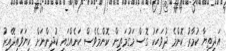
އަދިތިޔާ ކުމާރު ކޮންމެ ދުވަހަކު ގޮސް މަގުމަތިން ކޮންމެވެސް ކަނެއްގައި ކުދިންނަށް ކިޔަވައިދޭއިރު